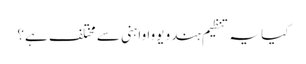
کیا یہ تنظیم ہندو یووا واہنی سے مختلف ہے؟